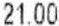
21.00